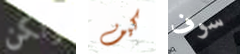
ولكن كيف سوف